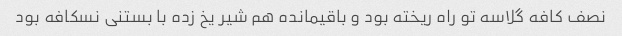
نصف کافه گلاسه تو راه ریخته بود و باقیمانده هم شیر یخ زده با بستنی نسکافه بود